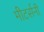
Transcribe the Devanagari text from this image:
मीटर्सनी